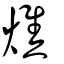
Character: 燋